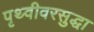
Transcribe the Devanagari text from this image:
पृथ्वीवरसुद्धा